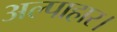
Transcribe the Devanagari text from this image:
अल्पाहार।